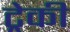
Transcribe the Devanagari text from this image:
ट्रेकी